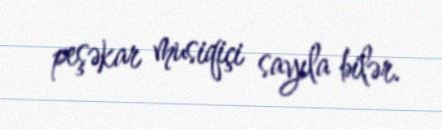
peşəkar musiqiçi sayıla bilər.